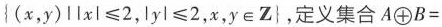
{ ( x , y ) l l x l ≤ 2 , | y l ≤ 2 , x , y \in Z }$$,定义集合$$A \oplus B =